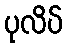
ပုလိပ်